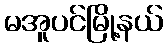
မအူပင်မြို့နယ်